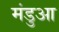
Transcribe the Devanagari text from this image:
मंडुआ